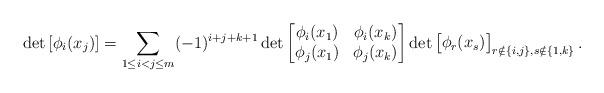
LaTeX: \begin{align*} \det\left[\phi_{i}(x_{j})\right] &= \sum_{1 \leq i < j \leq m} (-1)^{i+j+k+1} \det\begin{bmatrix} \phi_{i}(x_{1}) & \phi_{i}(x_{k}) \\ \phi_{j}(x_{1}) & \phi_{j}(x_{k}) \end{bmatrix} \det\begin{bmatrix} \phi_{r}(x_{s}) \end{bmatrix}_{r \notin \{i, j\}, s \notin\{1, k\}}. \end{align*}